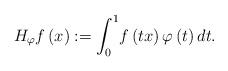
LaTeX: \begin{align*}H_{\varphi}f\left( x\right) :={\displaystyle\int\nolimits_{0}^{1}}f\left( tx\right) \varphi\left( t\right) dt. \end{align*}